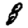
Digit: 8